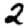
Digit: 2